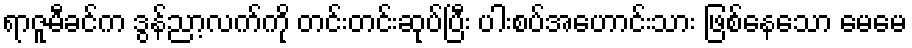
ရာဇူမီခင်က ဒွန်ညာ့လက်ကို တင်းတင်းဆုပ်ပြီး ပါးစပ်အဟောင်းသား ဖြစ်နေသော မေမေ